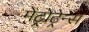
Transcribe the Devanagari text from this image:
मेट्रोट्रेन्स